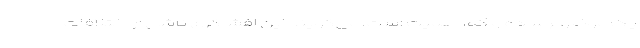
یک‌ موضوع ساده و کم اهمیت است. می‌گویند این افشاگری ناشی از اختلافات